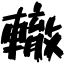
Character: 轍